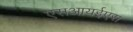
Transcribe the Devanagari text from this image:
एसआयईएस